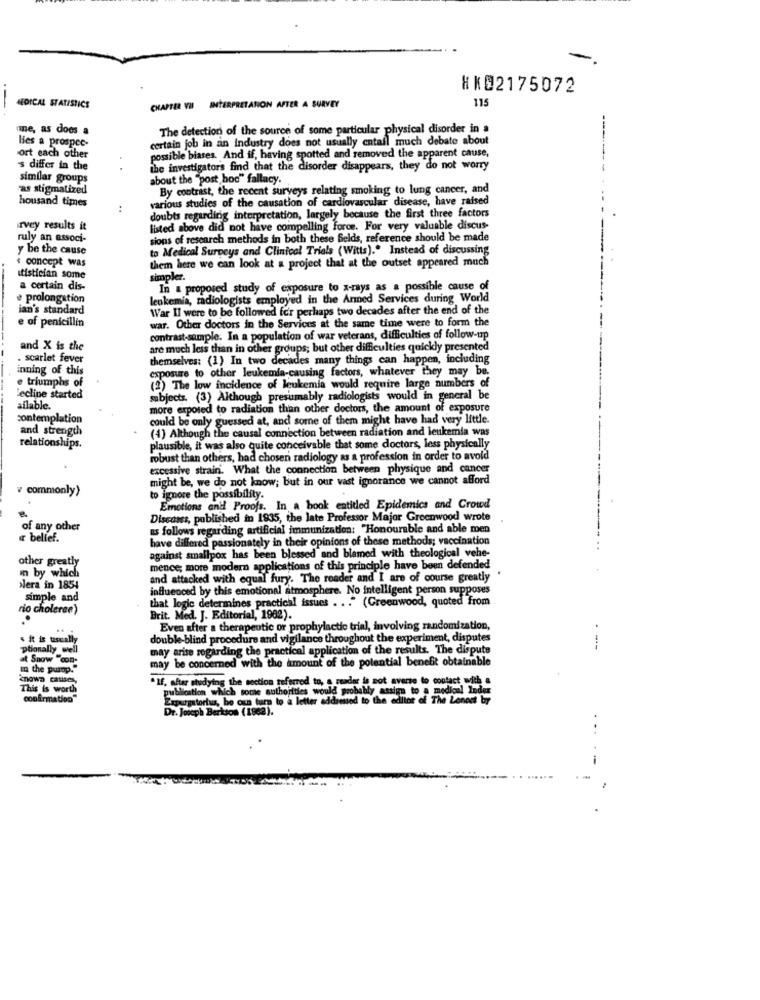
HK@2175072
115
MEDICAL STATISTICS
CHAPTER VII INTERPRETATION AFTER A SURVEY
--
ine, as does a
The detection of the source of some particular physical disorder in a
lies a prospee-
certain job in an industry does not usually entail much debate about
ort each other
possible biases. And if, having spotted and removed the apparent cause,
's differ in the
the investigators find that the disorder disappears, they do not worry
similar groups
about the "post hoc" fallacy.
as stigmatized
By contrast, the recent surveys relating smoking to lung cancer, and
housand times
various studies of the causation of cardiovascular disease, have raised
doubts regarding interpretation, largely because the first three factors
rvey results it
listed above did not have compelling force. For very valuable discus-
ruly an associ-
sions of research methods in both these Gelds, reference should be made
y be the cause
to Medical Surveys and Clinical Trials (Witts)." Instead of discussing
« concept was
them here we can look at a project that at the outset appeared much
itistician some
simpler.
a certain dis-
In a proposed study of exposure to x-rays as a possible cause of
prolongation
leukemia, radiologists employed in the Armed Services during World
ian's standard
War II were to be followed for perhaps two decades after the end of the
e of penicillin
war. Other doctors in the Services at the same time were to form the
contrast-sample. In a population of war veterans, difficulties of follow-up
and X is the
are much less than in other groups; but other difficulties quickly presented
. scarlet fever
themselves: (1) In two decades many things can happen, including
inning of this
exposure to other leukemia-causing factors, whatever they may be.
e triumphs of
(2) The low incidence of leukemia would require large numbers of
Lecline started
subjects. (3) Although presumably radiologists would in general be
ailable.
more exposed to radiation than other doctors, the amount of exposure
contemplation
could be only guessed at, and some of them might have had very little.
and strength
(4) Although the causal connection between radiation and leukemia was
relationships.
plausible, it was also quite conceivable that some doctors, less physically
robust than others, had chosen radiology as a profession in order to avoid
excessive strain. What the connection between physique and cancer
might be, we do not know; but in our vast ignorance we cannot afford
v commonly>
to ignore the possibility.
Emotions anil Proofs. In a book entitled Epidemics and Crowd
Discans, published in 1935, the late Professor Major Greenwood wrote
of any other
as follows regarding artificial immunization: "Honourable and able men
bellef.
have differed passionately in their opinions of these methods; vaccination
against smallpox has been blessed and blemed with theological vehe-
other greatly
mence; more modern applications of this principle have been defended
i by which
and attacked with equal fury. The reader and I are of course greatly
lera in 1854
influenced by this emotional atmosphere. No intelligent person supposes
simple and
that logic determines practical issues ... " (Greenwood, quoted from
rio cholerae)
Brit. Med. J. Editorial, 1982).
Even after a therapeutic or prophylactic trial, involving randomization,
it is usually
double-blind procedure and vigilance throughout the experiment, disputes
ptionally well
may arise regarding the practical application of the results. The dispute
at Snow "con-
may be concerned with the amount of the potential benefit obtainable
" the pump."
mowa catises,
" If, after studying the section referred to, a reader is not averse to contact with a
This is worth
tion which some authorities would probably assign to a medical Inder
confirmation
Exporgatortus, be oun turn to a letter addressed to the editor of The Lonoss boy
Dr. Joseph Berkson (1962).